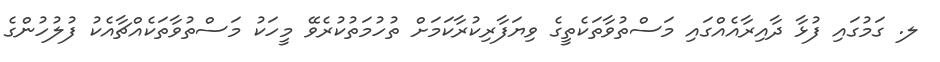
ލ. ގަމުގައި ފުޅާ ދާއިރާއެއްގައި މަސްތުވާތަކެތީގެ ވިޔަފާރިކުރާކަމަށް ތުހުމަތުކުރެވޭ މީހަކު މަސްތުވާތަކެއްޗާއެކު ފުލުހުންގެ